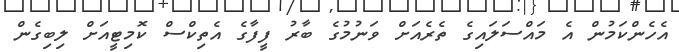
އެހެންކަމުން އެ މައްސަލައިގެ ތެރެއަށް ވަނުމުގެ ބާރު ފީފާގެ އެތިކްސް ކޮމިޓީއަށް ލިބިގެން